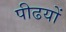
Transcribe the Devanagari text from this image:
पीढयों